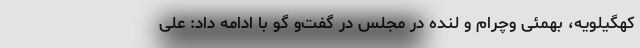
کهگیلویه، بهمئی وچرام و لنده در مجلس در گفت‌و گو با ادامه داد: علی